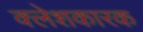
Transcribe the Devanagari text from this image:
क्लेशकारक